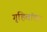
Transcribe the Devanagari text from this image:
गृहितांवर